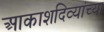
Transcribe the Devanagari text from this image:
आकाशदिव्यांच्या